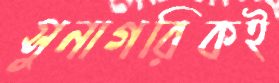
সুনাগরিকই